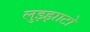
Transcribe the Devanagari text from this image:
लुझ्झाटो